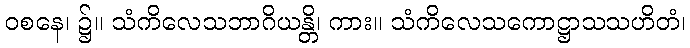
ဝစနေ၊ ၌။ သံကိလေသဘာဂိယန္တိ၊ ကား။ သံကိလေသကောဋ္ဌာသသဟိတံ၊